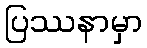
ပြဿနာမှာ